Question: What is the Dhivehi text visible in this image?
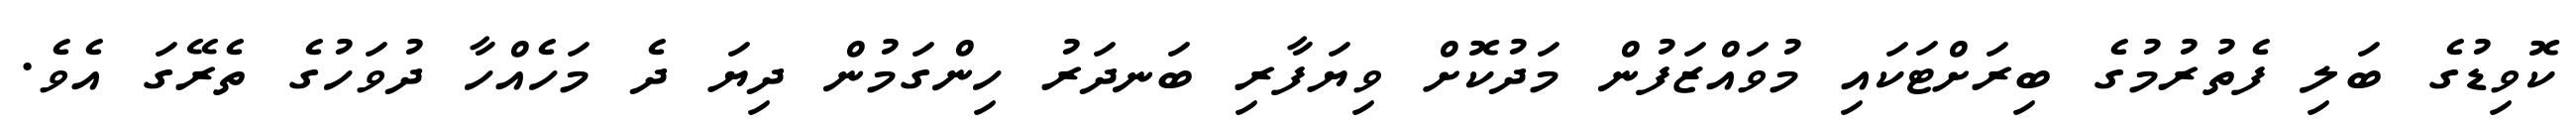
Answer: ކޮވިޑުގެ ބަލި ފެތުރުމުގެ ބިރަށްޓަކައި މުވައްޒަފުން މަދުކޮށް ވިޔަފާރި ބަނދަރު ހިންގަމުން ދިޔަ ދެ މަހެއްހާ ދުވަހުގެ ތެރޭގަ އެވެ.